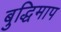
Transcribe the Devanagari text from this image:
बुद्धिमाप